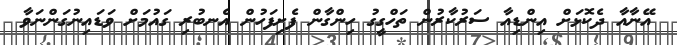
އޭނާއާ ދެކޮޅަށް އިންޑިއާ ސަރުކާރުން ތަހްގީގު ހިންގާން ފެށިފަހުން އެނބުރި ގައުމަށް ވަޑައިނުގަންނަވާ